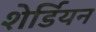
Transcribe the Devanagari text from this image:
शेर्डियन